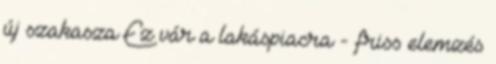
új szakasza Ez vár a lakáspiacra - friss elemzés